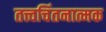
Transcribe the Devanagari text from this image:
तत्त्वचिंतनात्मक